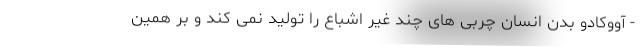
- آووکادو بدن انسان چربی های چند غیر اشباع را تولید نمی کند و بر همین